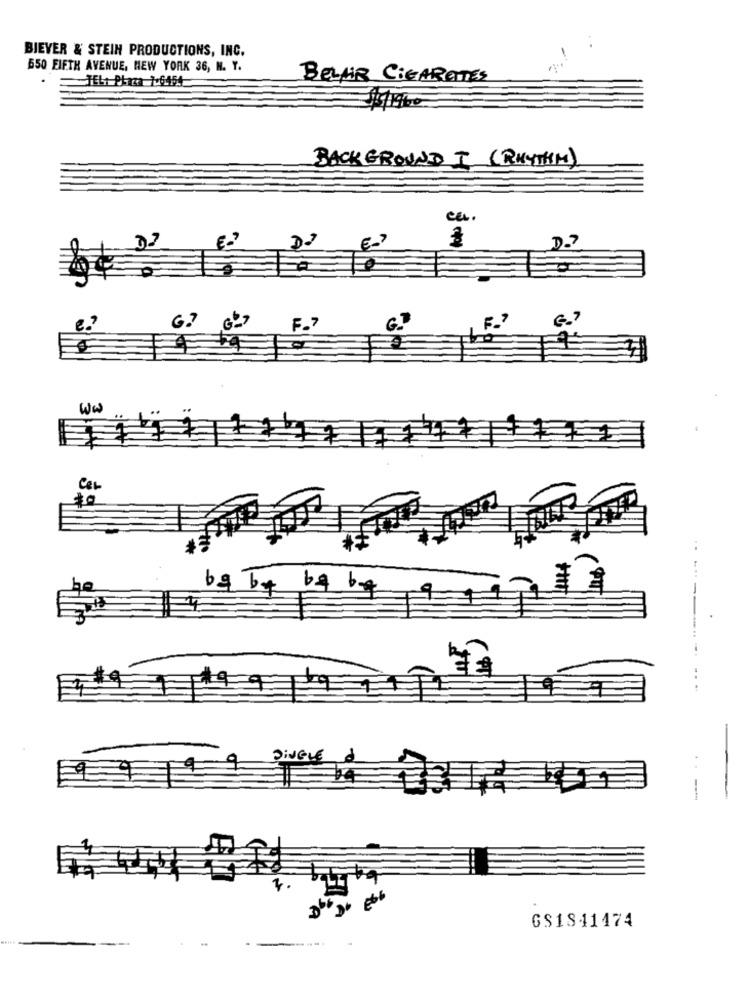
BIEVER & STEIN PRODUCTIONS, INC.
550 FIFTH AVENUE, NEW YORK 36, N. Y.
BELAIR CiGARATES
$1460
BACKGROUND I (RHYTHM)
ca.
DJ
D'
G7 6-
F.7
G.
G.7
ww
CEL
30
..
69 b4 b4 by
DINGLE
--
E
GS1841474